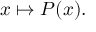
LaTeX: x \mapsto P ( x ) .